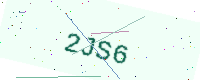
Text: 2JS6